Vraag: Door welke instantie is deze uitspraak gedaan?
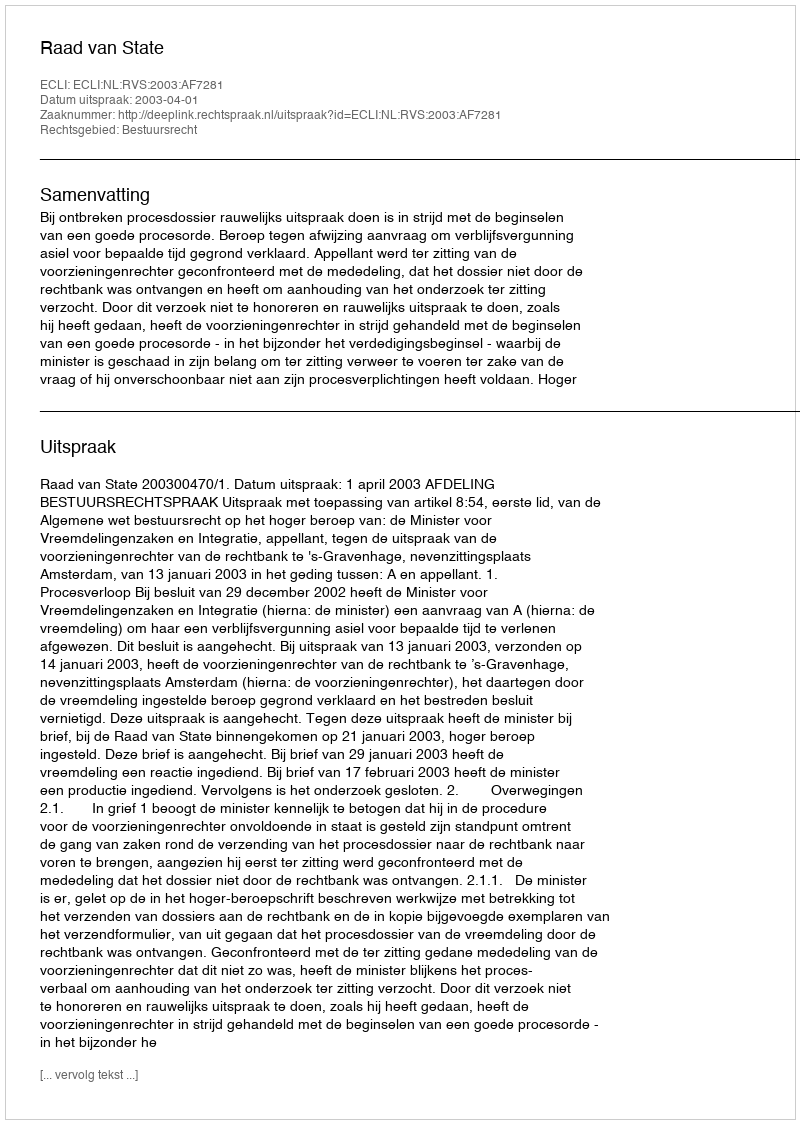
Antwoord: Raad van State